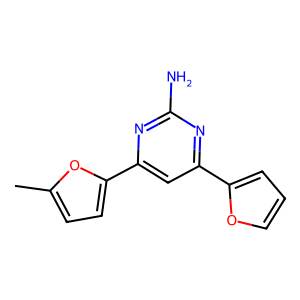
SMILES: Cc1ccc(-c2cc(-c3ccco3)nc(N)n2)o1
Inhibits HIV replication: No